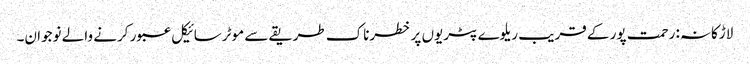
لاڑکانہ: رحمت پور کے قریب ریلوے پٹریوں پر خطرناک طریقے سے موٹرسائیکل عبور کرنے والے نوجوان۔